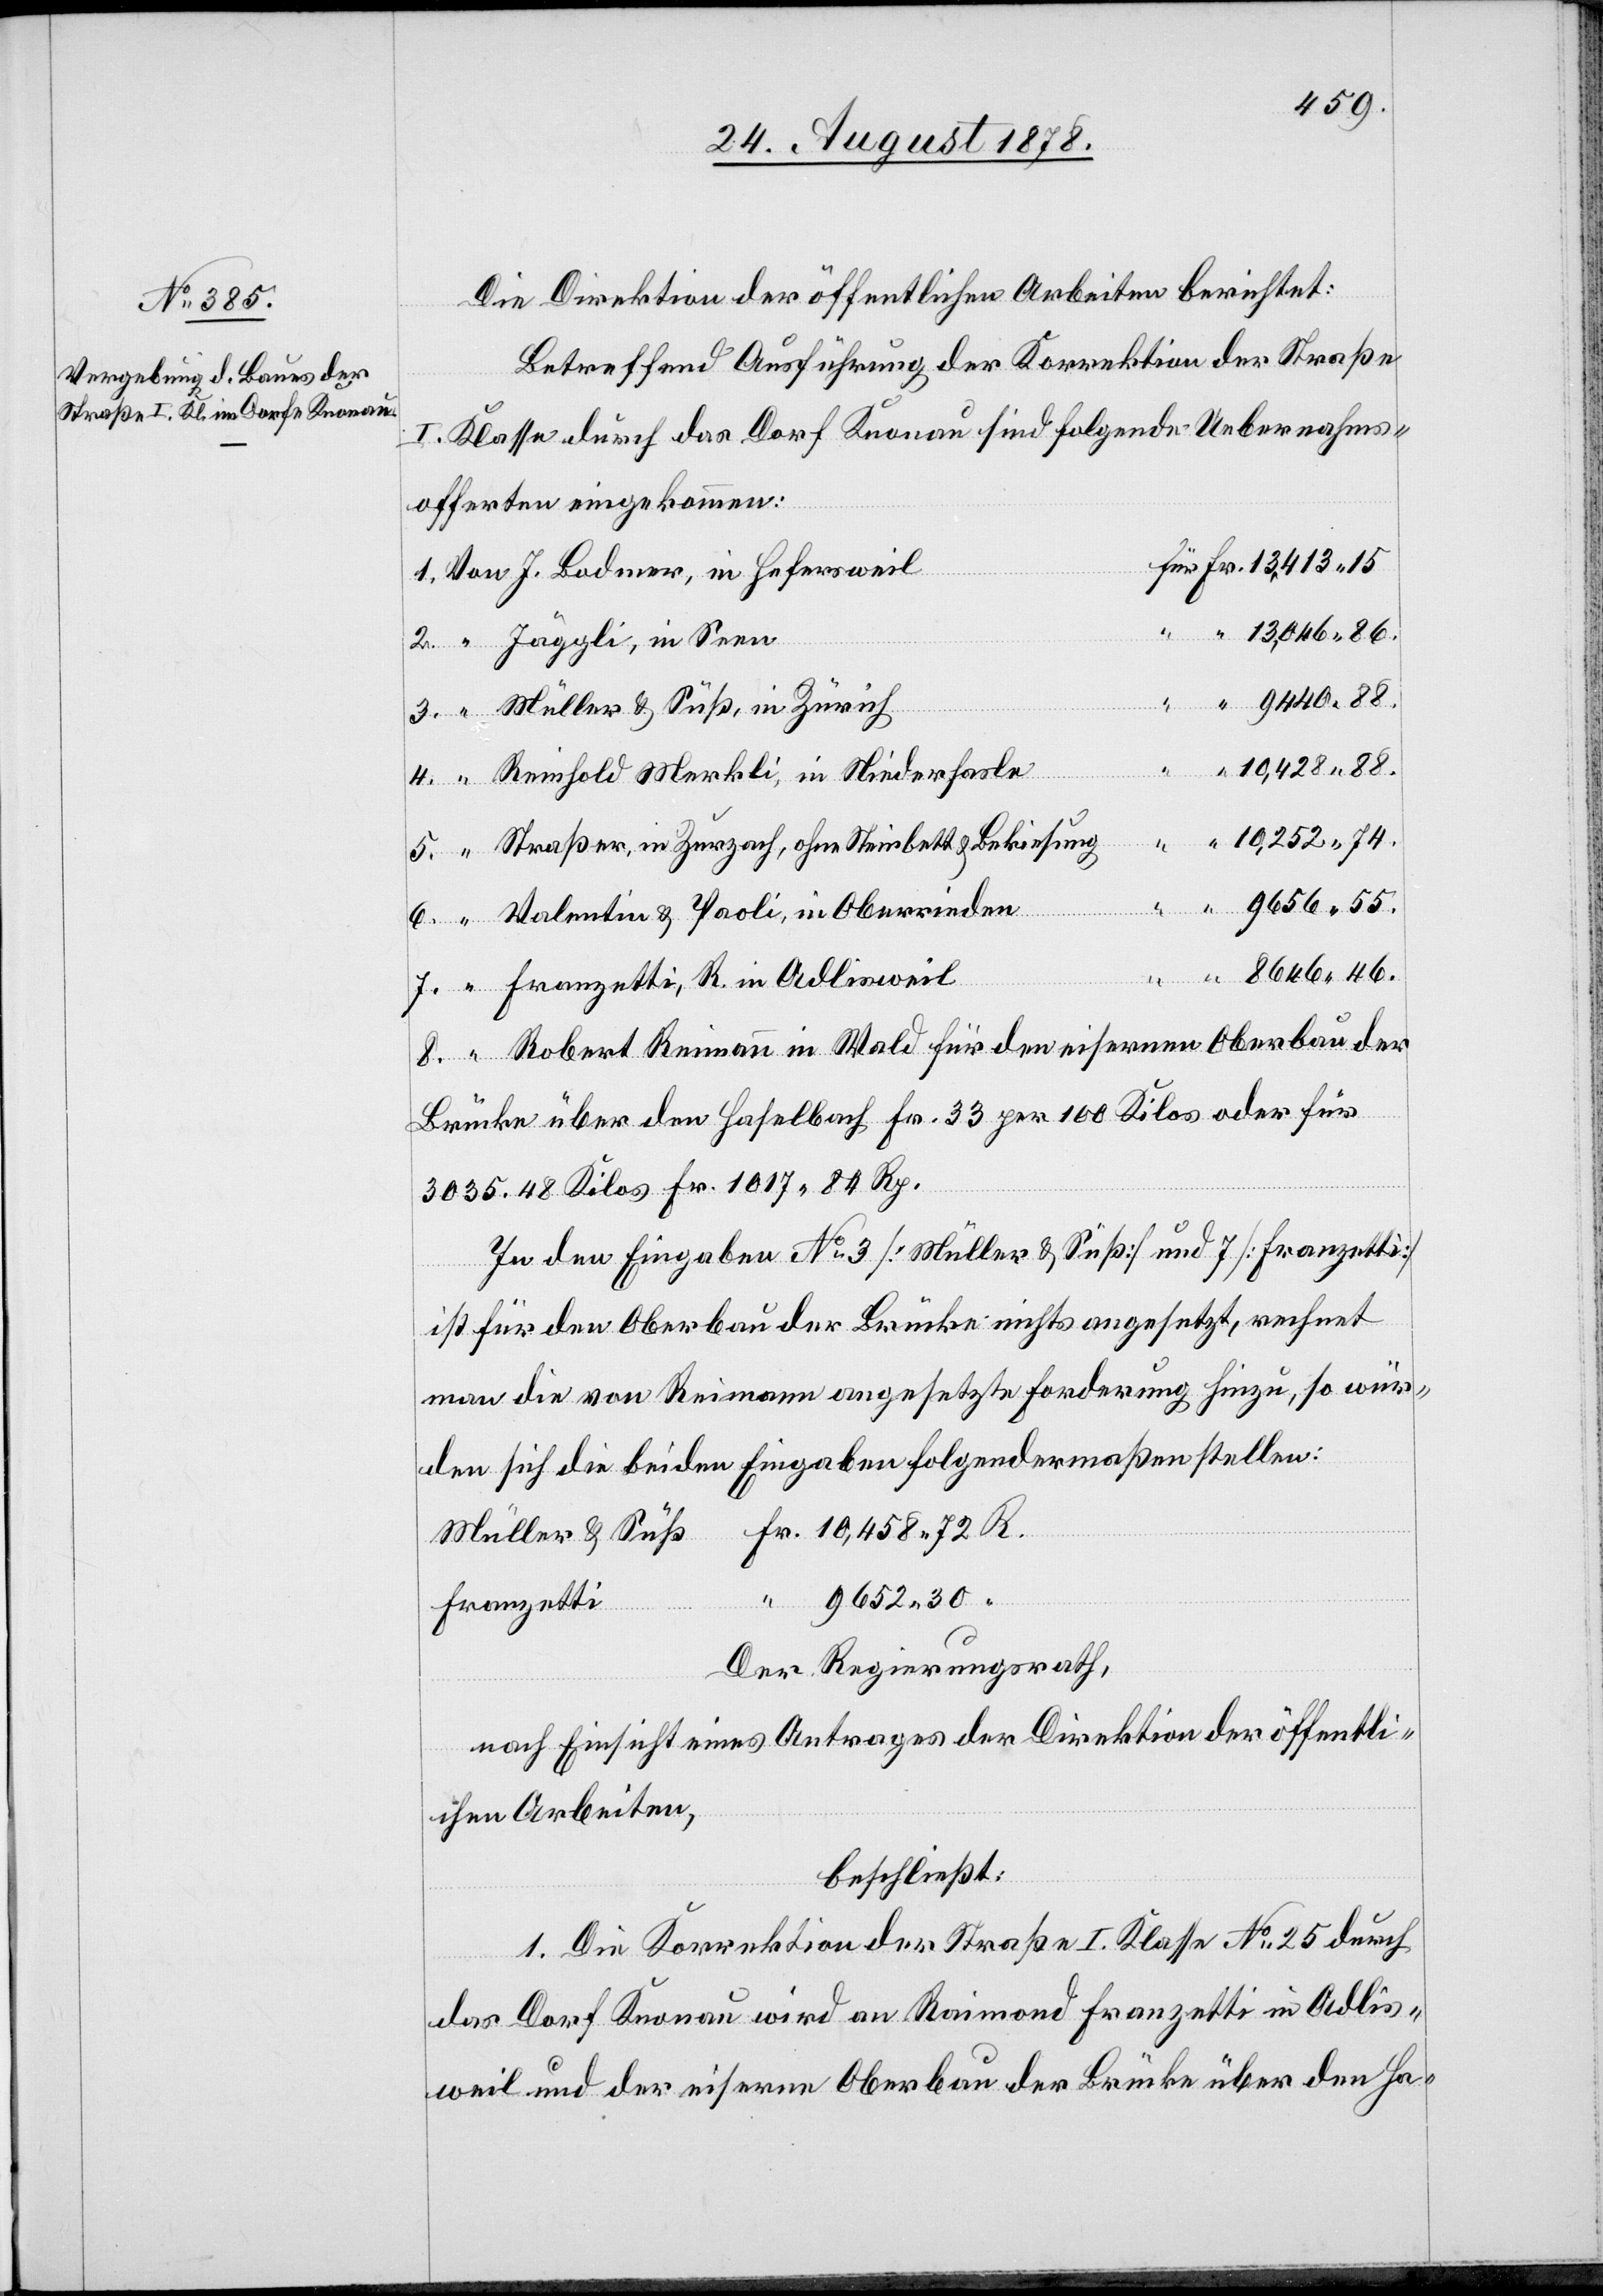
Die Direktion der öffentlichen Arbeiten berichtet:
Betreffend Ausführung der Korrektion der Straße
I. Klasse durch das Dorf Knonau sind folgende Uebernahms¬
offerten eingekommen:
13,046 86.
9440 88.
in Seen
Müller & Süß, in Zürich
10,428 88.
8.
Reinhold Merkli, in Niederhasle
Straßer, in Zurzach, ohne Steinbett & Bekiesung
9656 55.
Valentin & Paoli, in Oberrieden
8646 46.
Robert Reimann in Wald für den eisernen Oberbau der
3035.48 Kilos Fr. 1017 84 Rp.
In den Eingaben No 3 [Müller & Süß] und 7 [Franzetti]
ist für den Oberbau der Brücke nichts angesetzt, rechnet
man die von Reimann angesetzte Forderung hinzu, so wür¬
den sich die beiden Eingaben folgendermaßen stellen:
Müller & Süß Fr. 10,458 72 R.
9652 30 “
Kilos oder
Franzetti
in
Der Regierungsrath,
nach Einsicht eines Antrages der Direktion der öffentli¬
chen Arbeiten,
beschließt:
1. Die Korrektion der Straße I. Klasse No 25 durch
das Dorf Knonau wird an Raimond Franzetti in Adlis¬
weil und der eiserne Oberbau der Brücke über den Ha-